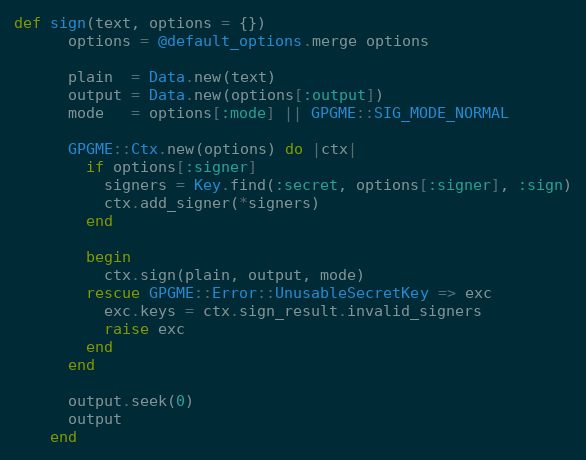
Language: Ruby
def sign(text, options = {})
      options = @default_options.merge options

      plain  = Data.new(text)
      output = Data.new(options[:output])
      mode   = options[:mode] || GPGME::SIG_MODE_NORMAL

      GPGME::Ctx.new(options) do |ctx|
        if options[:signer]
          signers = Key.find(:secret, options[:signer], :sign)
          ctx.add_signer(*signers)
        end

        begin
          ctx.sign(plain, output, mode)
        rescue GPGME::Error::UnusableSecretKey => exc
          exc.keys = ctx.sign_result.invalid_signers
          raise exc
        end
      end

      output.seek(0)
      output
    end